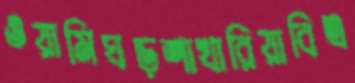
ওয়ামিঘড়শাখারিয়াবিএ